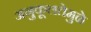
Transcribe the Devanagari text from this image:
अनुकूलतेमुळे